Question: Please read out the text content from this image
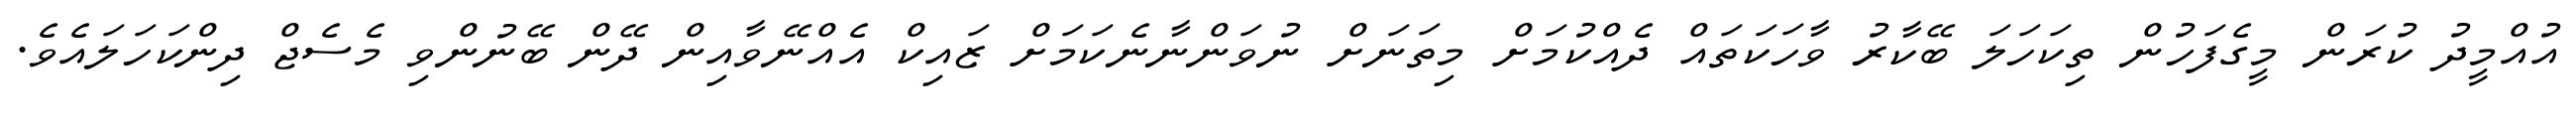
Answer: އުއްމީދު ކުރަން މީގެފަހުން ތިކަހަލަ ބޭކާރު ވާހަކަތައް ދެއްކުމަށް މިތަނަށް ނުވަންނާނެކަމަށް ޒައިކް އެއްނޭވާއިން ދޭން ބޭނުންވި މެސެޖް ދިންކަހަލައެވެ.